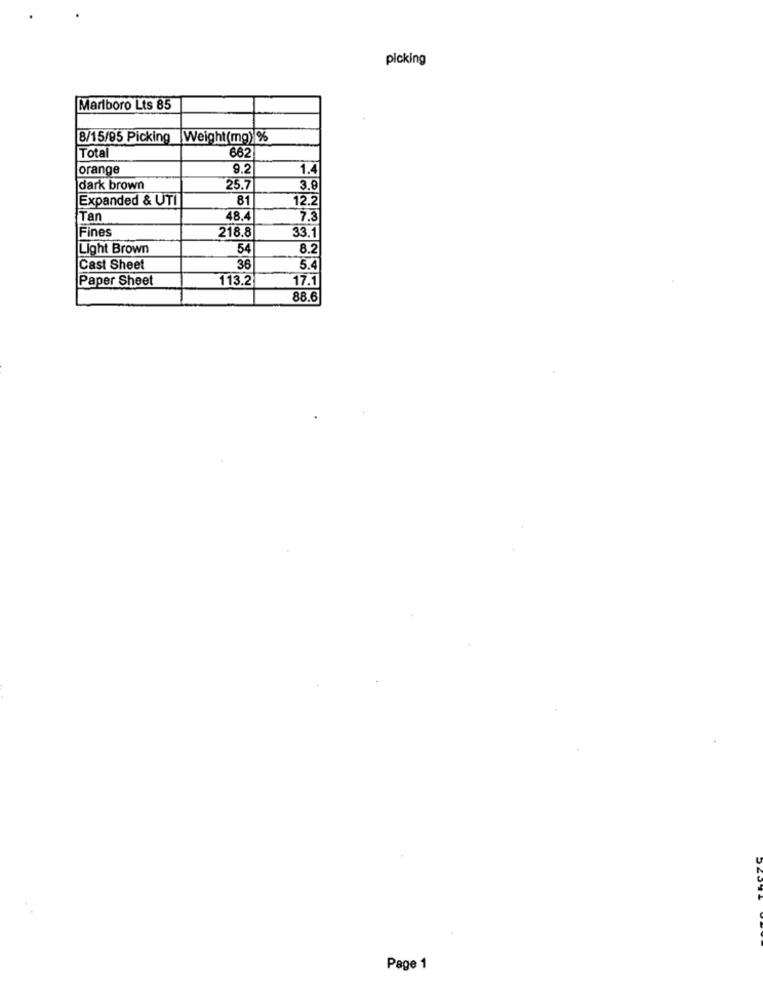
picking
Marlboro Lts 85
8/15/95 Picking
Weight(mg) %
Total
662
orange
9.2
1.4
dark brown
25.7
3.9
Expanded & UTI
81
12.2
Tan
48.4
7.3
218.8
Fines
33.1
Light Brown
54
8.2
Cast Sheet
36
5.4
Paper Sheet
113.2
17.
88.6
Page 1